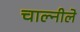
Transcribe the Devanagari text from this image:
चाल्नीले